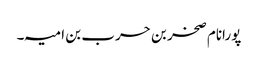
پورانام صخر بن حرب بن امیہ۔